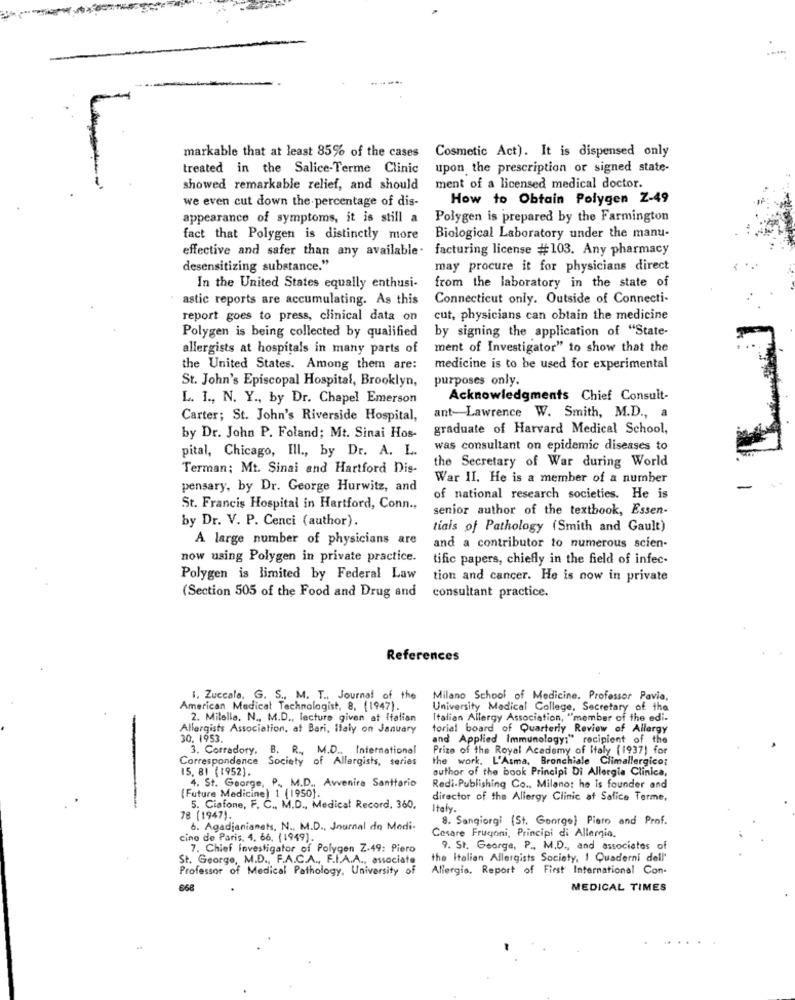
markable that at least 85% of the cases
Cosmetic Act). It is dispensed only
treated in the Salice-Terme Clinic
upon the prescription or signed state-
showed remarkable relief, and should
ment of a licensed medical doctor.
we even cut down the percentage of dis-
How to Obtain Polygen Z-49
appearance of symptoms, it is still a
Polygen is prepared by the Farmington
fact that Polygen is distinctly more
Biological Laboratory under the manu-
effective and safer than any available.
facturing license #103. Any pharmacy
desensitizing substance."
may procure it for physicians direct
In the United States equally enthusi-
from the laboratory in the state of
astic reports are accumulating. As this
Connecticut only. Outside of Connecti-
report goes to press, clinical data on
cut, physicians can obtain the medicine
Polygen is being collected by qualified
by signing the application of "State-
allergists at hospitals in many parts of
ment of Investigator" to show that the
the United States. Among them are:
medicine is to be used for experimental
St. John's Episcopal Hospital, Brooklyn,
purposes only.
L. I ., N. Y ., by Dr. Chapel Emerson
Acknowledgments Chief Consult-
Carter; St. John's Riverside Hospital,
ant-Lawrence W. Smith, M.D ., a
graduate of Harvard Medical School,
by Dr. John P. Foland; Mt. Sinai Hos-
pital, Chicago, Ill ., by Dr. A. L.
was consultant on epidemic diseases to
the Secretary of War during World
Terman; Mt. Sinai and Hartford Dis-
War II. He is a member of a number
pensary, by Dr. George Hurwitz, and
of national research societies. He is
St. Francis Hospital in Hartford, Conn ..
senior author of the textbook, Essen-
by Dr. V. P. Cenci (author).
tials of Pathology (Smith and Gault)
A large number of physicians are
and a contributor to numerous scien
now using Polygen in private practice.
tific papers, chiefly in the field of infec-
Polygen is limited by Federal Law
tion and cancer. He is now in private
(Section 505 of the Food and Drug and
consultant practice.
References
1. Zuccala, G. S. M. T ., Journal of the
Milano School of Medicine. Professor Pavia,
American Medical Technologist, 8, (1947).
University Medical College, Secretary of the
2. Mitella. N ., M.D ., lecture given at Italian
Italian Allergy Association, "member of the edi-
Allergists Association, at Bari, italy on January
torial board of Quarterly Review of Allergy
30. 1953.
and Applied Immunology:" recipient of the
3. Corradory. B. R ., M.D ., International
Prize of the Royal Academy of Italy [1937) for
Correspondence Society of Allergists, series
the work, L'Asma, Bronchiale Climallergico;
15, 81 (1952).
author of the book Principi Di Allergie Clinica,
4. St. George, P. M.D ., Avvenire Santtorio
(Future Medicine) 1 (1950).
Redi-Publishing Co ., Milano: he Is founder and
director of the Allergy Clinic af Salice Terme,
5. Ciafone, F. C ., M.D ., Medical Record, 360,
Italy.
78 (1947).
8. Sangiorgi (St. George) Piero and Prof.
6. Agadjanianets, N ., M.D ., Journal de Modi-
cino de Paris, 4, 66, (1949).
Cesare Frugoni, Principi di Allergio.
7. Chief Investigator of Polygen Z.49: Piero
9. St. George, P ., M.D ., and associates of
St. George, M.D ., F.A.C.A ., F.I.A.A ., associate
the Italian Allergists Society, I Quaderni dell'
Professor of Medical Pathology, University of
Allergis, Report of First International Con-
668
MEDICAL TIMES